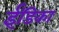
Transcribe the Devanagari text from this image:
ईंडिका